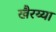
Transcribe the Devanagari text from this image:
खैरय्या